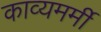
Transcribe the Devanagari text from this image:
काव्यमर्मी